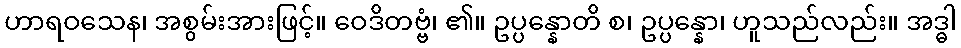
ဟာရဝသေန၊ အစွမ်းအားဖြင့်။ ဝေဒိတဗ္ဗံ၊ ၏။ ဥပ္ပန္နောတိ စ၊ ဥပ္ပန္နော၊ ဟူသည်လည်း။ အဒ္ဓါ